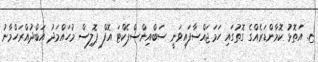
ޏ. އަތޮޅު ކޮމާންޑަރެއްގެ ގޮތުގައި ހަމަޖައްސާފައިވަނީ ސަބްއިންސްޕެކްޓަ އޮފް ޕޮލިސް މުހައްމަދު އަބްދުއްރަހްމާނު